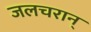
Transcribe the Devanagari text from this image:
जलचरान्